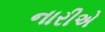
નારીએ